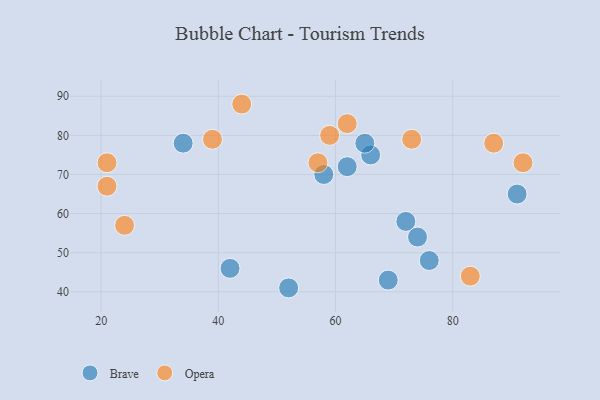
{"axis": {"x": "GDP", "y": "Life Expectancy"}, "legend": ["Brave", "Opera"], "data": [{"x": "76", "y": 48, "type": "Brave"}, {"x": "66", "y": 75, "type": "Brave"}, {"x": "72", "y": 58, "type": "Brave"}, {"x": "58", "y": 70, "type": "Brave"}, {"x": "65", "y": 78, "type": "Brave"}, {"x": "69", "y": 43, "type": "Brave"}, {"x": "42", "y": 46, "type": "Brave"}, {"x": "62", "y": 72, "type": "Brave"}, {"x": "74", "y": 54, "type": "Brave"}, {"x": "52", "y": 41, "type": "Brave"}, {"x": "91", "y": 65, "type": "Brave"}, {"x": "34", "y": 78, "type": "Brave"}, {"x": "57", "y": 73, "type": "Opera"}, {"x": "83", "y": 44, "type": "Opera"}, {"x": "62", "y": 83, "type": "Opera"}, {"x": "44", "y": 88, "type": "Opera"}, {"x": "39", "y": 79, "type": "Opera"}, {"x": "73", "y": 79, "type": "Opera"}, {"x": "59", "y": 80, "type": "Opera"}, {"x": "92", "y": 73, "type": "Opera"}, {"x": "21", "y": 73, "type": "Opera"}, {"x": "24", "y": 57, "type": "Opera"}, {"x": "87", "y": 78, "type": "Opera"}, {"x": "21", "y": 67, "type": "Opera"}]}